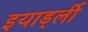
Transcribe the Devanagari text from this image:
इयार्ड्ली